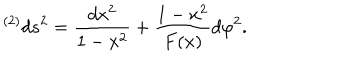
LaTeX: { } ^ { ( 2 ) } d s ^ { 2 } = { \frac { d x ^ { 2 } } { 1 - x ^ { 2 } } } + { \frac { 1 - x ^ { 2 } } { F ( x ) } } d \varphi ^ { 2 } .